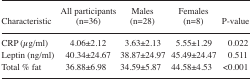
| Characteristic | All participants (n=36) | Males (n=28) | Females (n=8) | P-value |
 | --- | --- | --- | --- | --- |
 | CRP (μg/ml) | 4.06±2.12 | 3.63±2.13 | 5.55±1.29 | 0.022 |
 | Leptin (ng/ml) | 40.34±24.67 | 38.87±24.97 | 45.49±24.47 | 0.511 |
 | Total % fat | 36.88±6.98 | 34.59±5.87 | 44.58±4.53 | <0.001 |